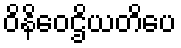
ဝိနိဝေဌိယတိပေ